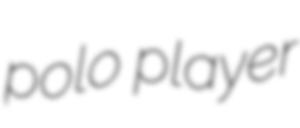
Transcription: polo player